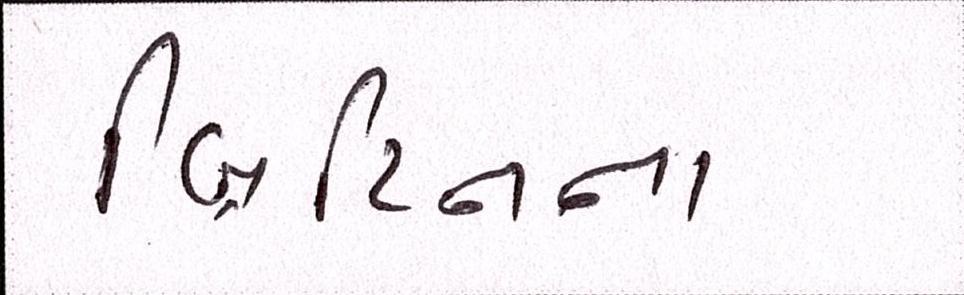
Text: બ્રિટિનના